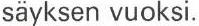
säyksen vuoksi.